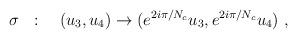
LaTeX: \begin{align*}\sigma~~:\quad (u_3,u_4)\to (e^{2i\pi/N_c} u_3, e^{2i\pi/N_c}u_4)~,\end{align*}